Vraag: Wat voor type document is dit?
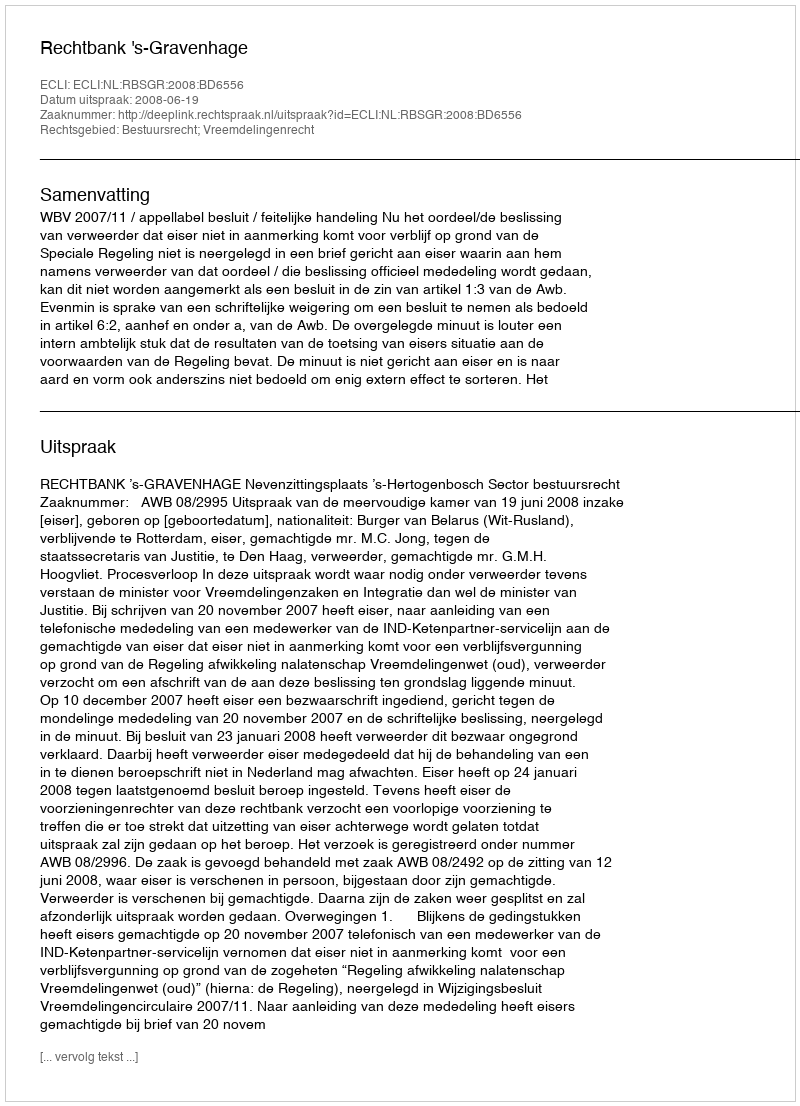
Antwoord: Uitspraak